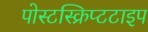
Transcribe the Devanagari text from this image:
पोस्टस्क्रिप्टटाइप